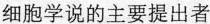
细胞学说的主要提出者